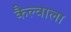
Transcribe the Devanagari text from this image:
कैल्वाला